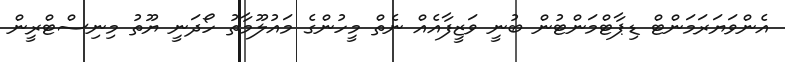
އެންވަޔަރަމަންޓް ޑިޕާޓްމަންޓުން ބުނީ ވަޒީފާއެއް ނެތް މީހުންގެ މައުލޫމާތު ހޯދަނީ ޔޫތު މިނިސްޓްރީން